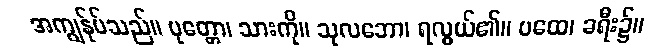
အကျွန်ုပ်သည်။ ပုတ္တော၊ သားကို။ သုလဘော၊ ရလွယ်၏။ ပထေ၊ ခရီး၌။